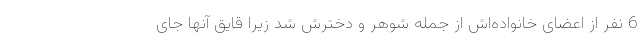
6 نفر از اعضای خانواده‌اش از جمله شوهر و دخترش شد زیرا قایق آنها جای